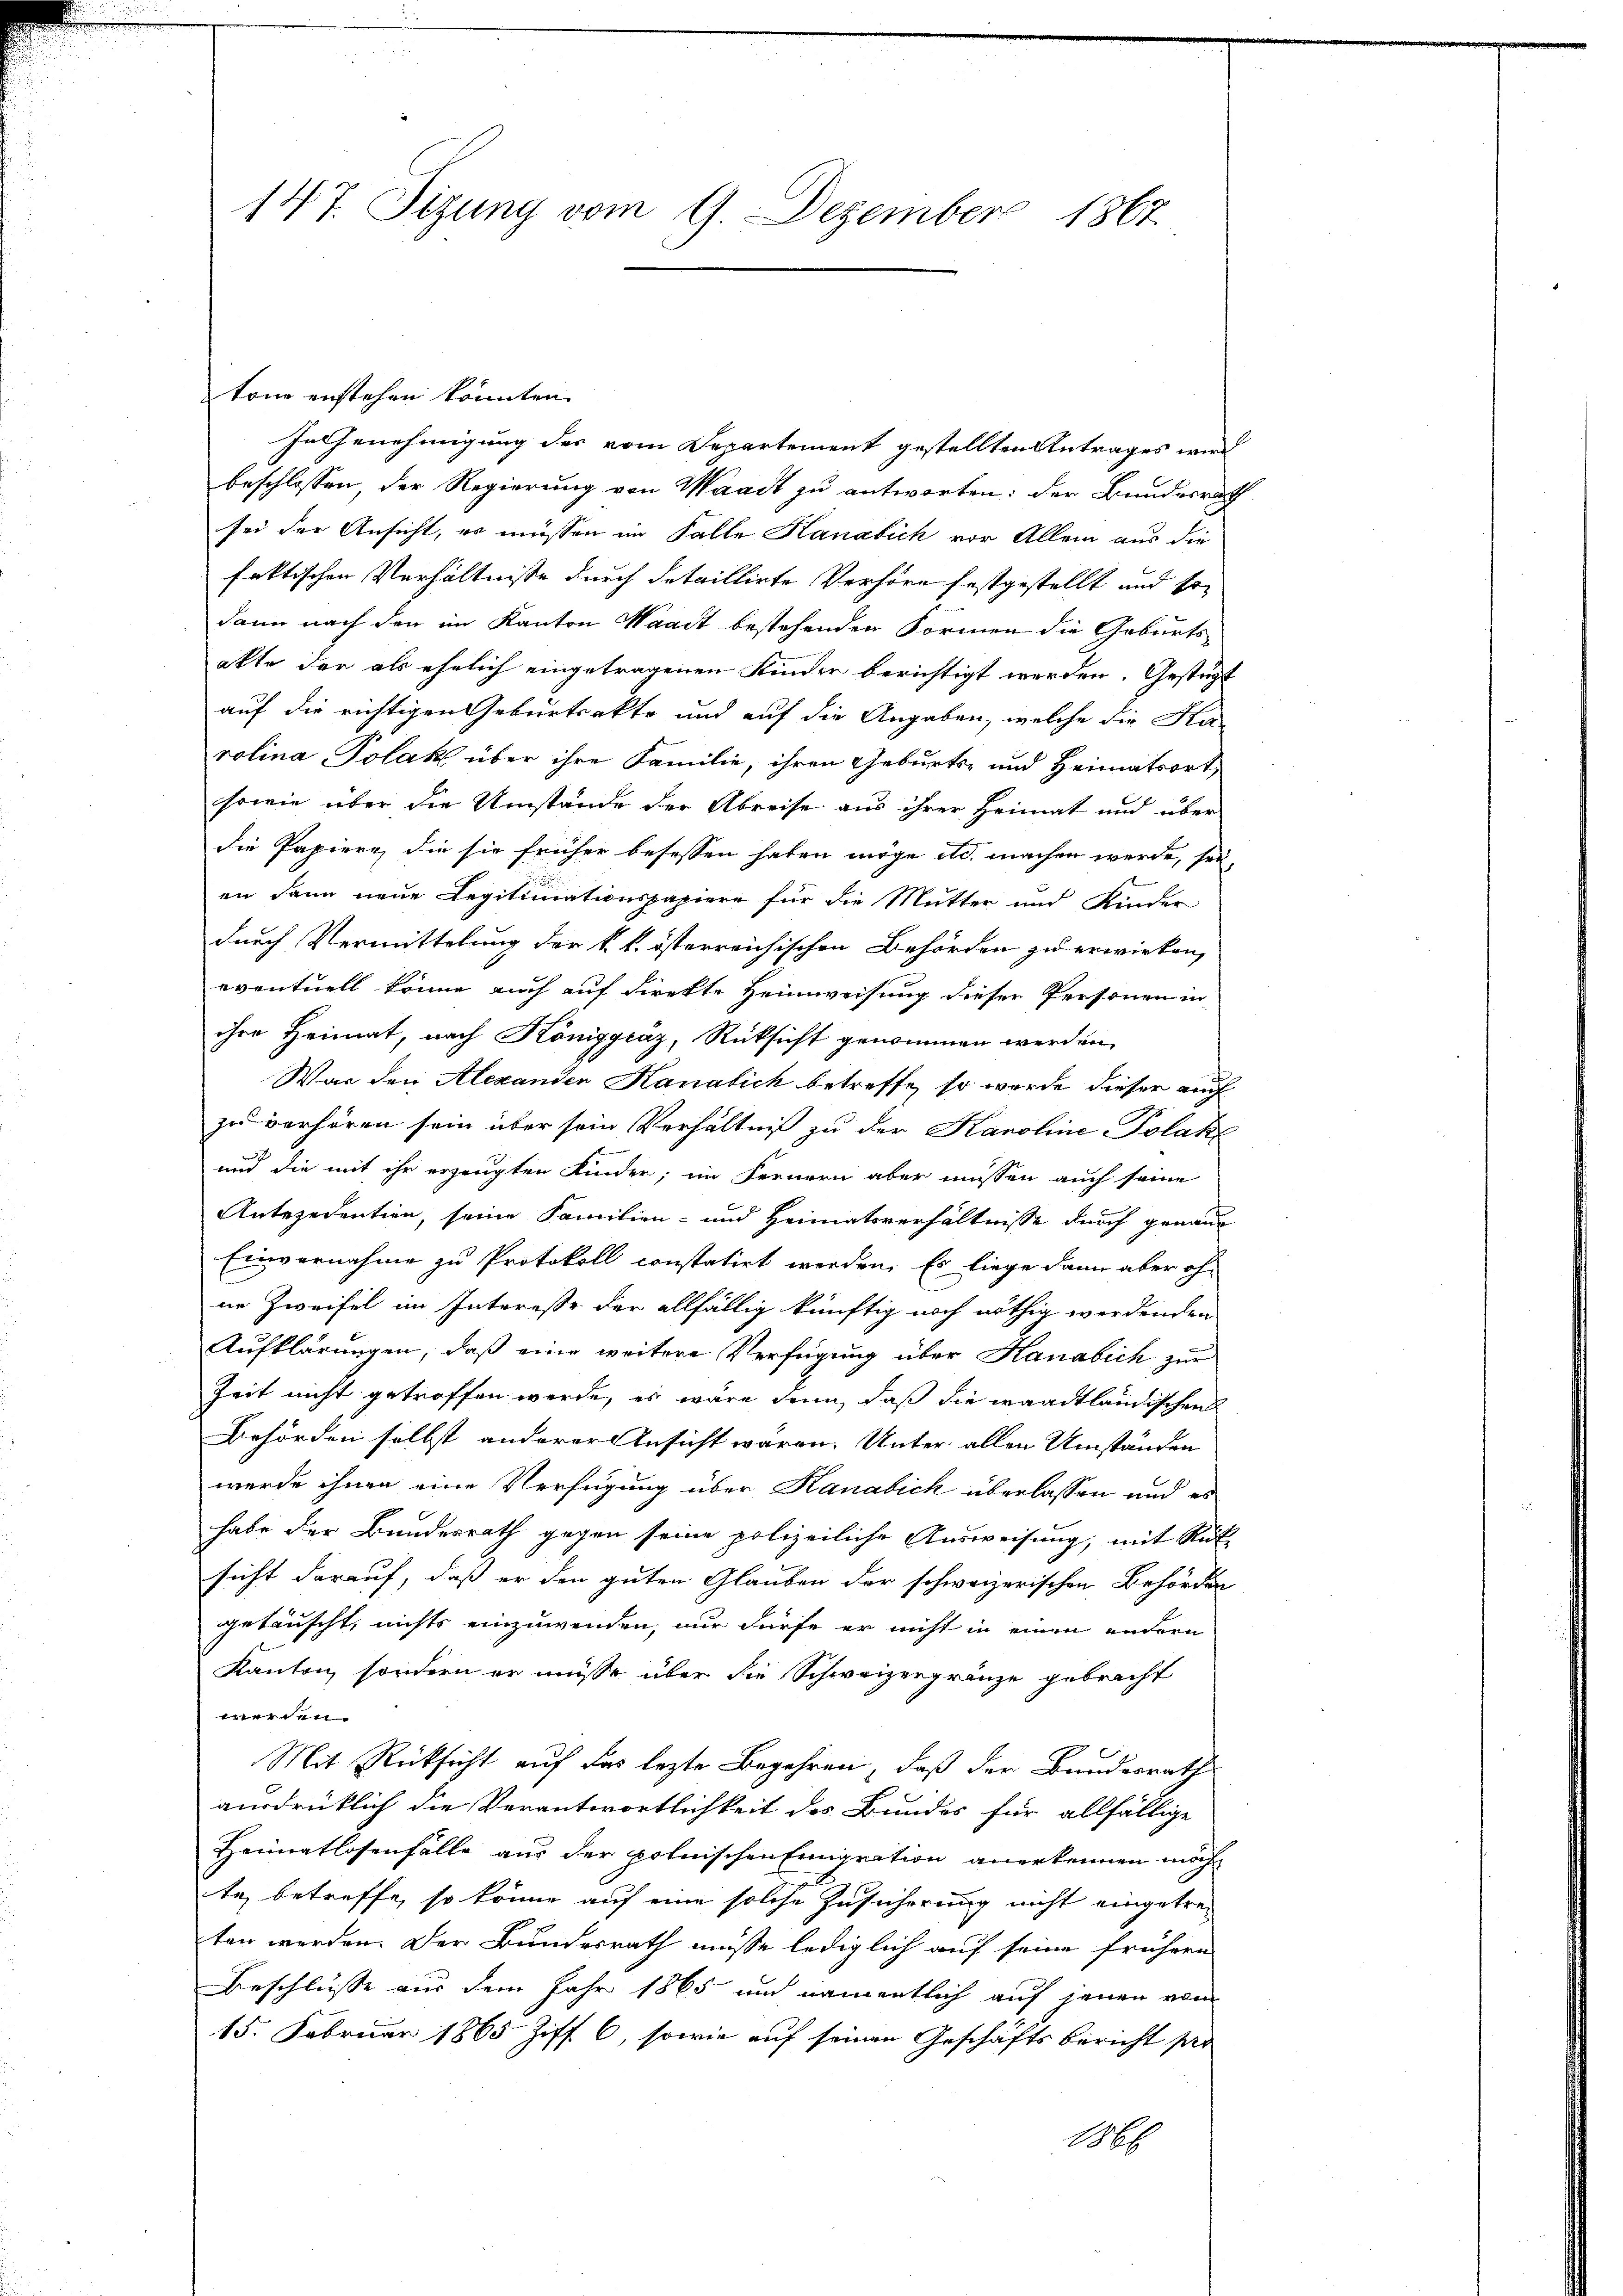
147. Sizung vom 9. Dezember 1867

tone enstehen könnten.
In Genehmigung des vom Departement gestellten Antrages wird
beschlossen, der Regierung von Waadt zu antworten: der Bundesrath
sei der Ansicht, er müssen im Falle Kanzlich vor Allem aus die
faktischen Verhältnisse durch detaillirte Verhöre festgestellt und so
dann nach den im Kanton Waadt bestehenden Formen die Geburts-
akte der als ehelich eingetragenen Kinder berichtigt werden. Gestüzt
auf die richtigen Geburtsakte und auf die Angaben, welche die Sta
rolina Polak über ihre Familie, ihren Geburts- und Heimatsort,
sowie über die Umstände der Abreise aus ihrer Heimat und über
die Papiere, die sie früher besessen haben möge ad. machen werde, sei,
en dann neue Legitimationspapiere für die Mutter und Kinder
durch Vermittelung der k. k. österreichischen Behörden zu erwirken,
eventuell könne auch auf direkte Heimweisung dieser Personen in
ihre Heimat, nach Königgräz, Rücksicht genommen werden,
War den Alexanden Kanalich betreffe, so werde dieser auch
zu verhören sein über sein Verhältniß zu der Karoline Polak
und die mit ihr erzeugten Kinder; im Fernern aber müssen auch seine
Antezedentien, seine Familien- und Heimatsverhältnisse durch genaue
Einvernahme zu Protokoll constatirt werden. Es liege dann aber oh
ne Zweifel im Intereße der allfällig künftig noch nöthig werdenden
Aufklärungen, daß eine weitere Verfügung über Kanabich zur
Zeit nicht getroffen werde, es wäre denn, daß die waadtländischen
Behörden selbst anderer Ansicht waren. Unter allen Umständen
werde ihnen eine Verfügung über Kanabich überlassen und es
habe der Bundesrath gegen seine polizeiliche Ausweisung, mit Rücksicht darauf, daß er den guten Glauben der schweizerischen Behörden
getäuscht, nichts einzuwenden, nur dürfe er nicht in einen andern
Kanton, sondern er müsse über die Schweizergränze gebracht
werden.
Mit Rücksicht auf das lezte Begehren, daß der Bundesrath
ausdrücklich die Verantwortlichkeit des Bundes für allfällige
Heimatlosenfälle aus der polnischen Emigration anerkennen möcht
te betreffe, so könne auf eine solche Zusicherung nicht eingetreten werden. Der Bundesrath müsse lediglich auf seine frühern
Beschlüsse aus dem Jahr 1865 und namentlich auf jenen vom
15. Februar 1865 Ziff. 6, sowie auf seinen Geschäftsbericht pro
29